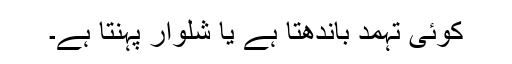
کوئی تہمد باندھتا ہے یا شلوار پہنتا ہے۔